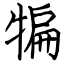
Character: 犏